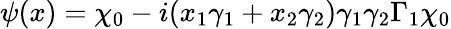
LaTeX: \psi(x)=\chi_{0}-i(x_{1}\gamma_{1}+x_{2}\gamma_{2})\gamma_{1}\gamma_{2}\Gamma_{1}\chi_{0}